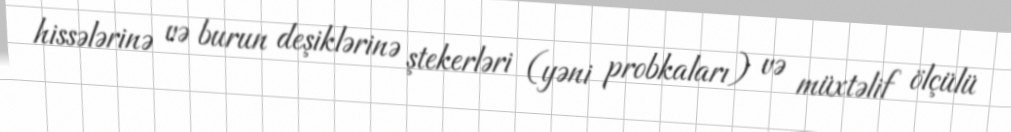
hissələrinə və burun deşiklərinə ştekerləri (yəni probkaları) və müxtəlif ölçülü